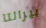
بيرالتا